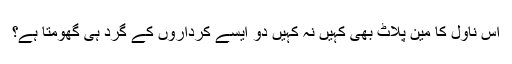
اس ناول کا مین پلاٹ بھی کہیں نہ کہیں دو ایسے کرداروں کے گرد ہی گھومتا ہے؟